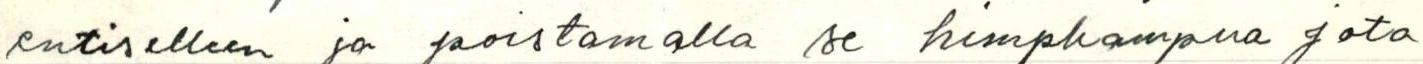
entiselleen ja poistamalla se himpkampna jota